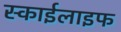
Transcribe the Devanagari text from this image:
स्काईलाइफ